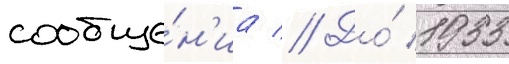
сообще́н'иа // До́ 1933